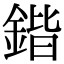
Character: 鍇